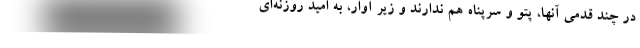
در چند قدمي آنها، پتو و سرپناه هم ندارند و زير آوار، به اميد روزنه‌اي